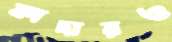
কাদারও